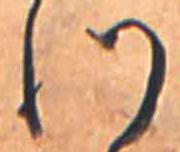
つ